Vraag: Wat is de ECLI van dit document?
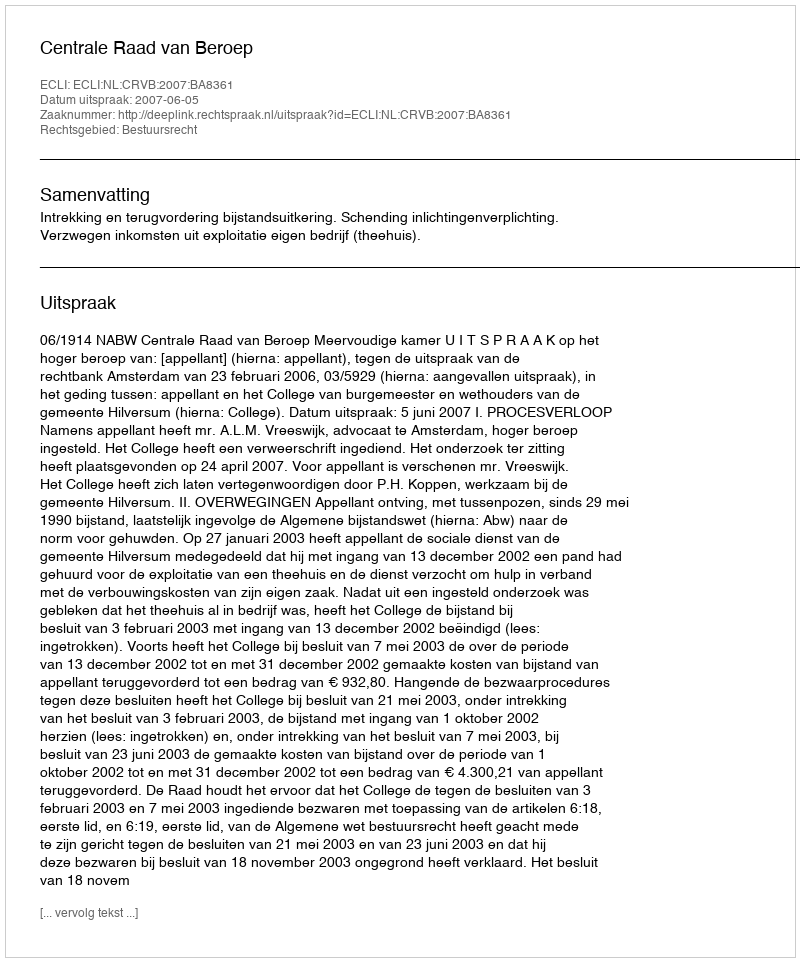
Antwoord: ECLI:NL:CRVB:2007:BA8361